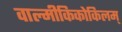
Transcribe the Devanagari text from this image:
वाल्मीकिकोकिलम्‌